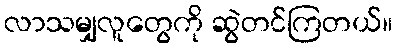
လာသမျှလူတွေကို ဆွဲတင်ကြတယ်။